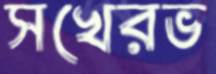
সখেরভ